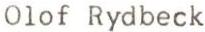
Olof Rydbeck